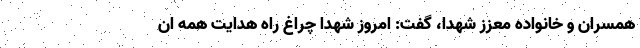
همسران و خانواده معزز شهدا، گفت: امروز شهدا چراغ راه هدایت همه ان